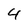
Character: 4